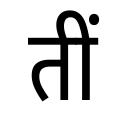
OCR:
तीं